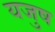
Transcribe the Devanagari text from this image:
यजुष